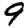
Digit: 9